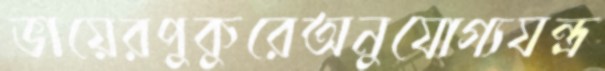
ভায়েরপুকুরেঅনুযোগ্যযন্ত্র